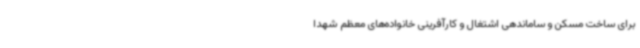
برای ساخت مسکن و ساماندهی اشتغال و کارآفرینی خانواده‌های معظم شهدا